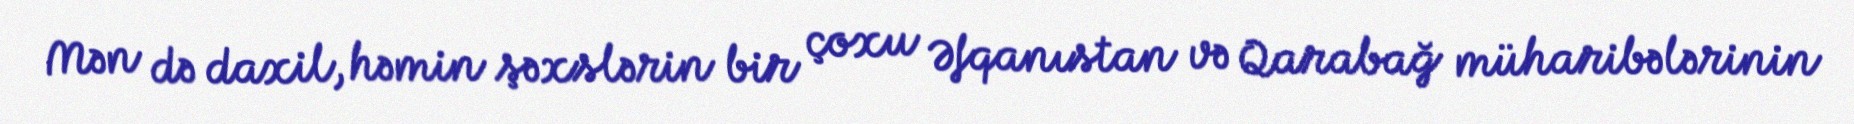
Mən də daxil, həmin şəxslərin bir çoxu Əfqanıstan və Qarabağ müharibələrinin